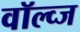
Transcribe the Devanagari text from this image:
वॉल्व्ज